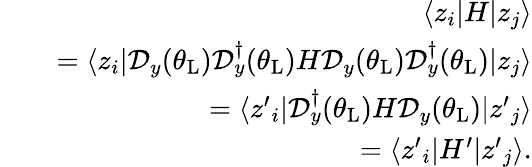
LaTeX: \begin{array}{rlr}&{}&{\langle z_{i}|H|z_{j}\rangle}\\ &{}&{=\langle z_{i}|\mathcal{D}_{y}(\theta_{\mathrm{L}})\mathcal{D}_{y}^{\dagger}(\theta_{\mathrm{L}})H\mathcal{D}_{y}(\theta_{\mathrm{L}})\mathcal{D}_{y}^{\dagger}(\theta_{\mathrm{L}})|z_{j}\rangle}\\ &{}&{=\langle z{'}_{i}|\mathcal{D}_{y}^{\dagger}(\theta_{\mathrm{L}})H\mathcal{D}_{y}(\theta_{\mathrm{L}})|z{'}_{j}\rangle}\\ &{}&{=\langle z{'}_{i}|H^{\prime}|z{'}_{j}\rangle.}\end{array}